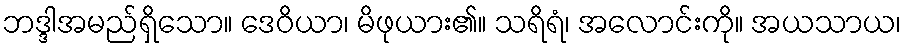
ဘဒ္ဒါအမည်ရှိသော။ ဒေဝိယာ၊ မိဖုယား၏။ သရိရံ၊ အလောင်းကို။ အယသာယ၊